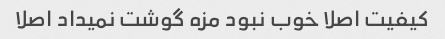
کیفیت اصلا خوب نبود مزه گوشت نمیداد اصلا